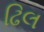
ઢિલ